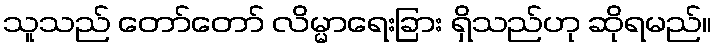
သူသည် တော်တော် လိမ္မာရေးခြား ရှိသည်ဟု ဆိုရမည်။